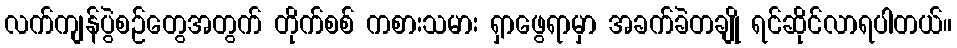
လက်ကျန်ပွဲစဉ်တွေအတွက် တိုက်စစ် ကစားသမား ရှာဖွေရာမှာ အခက်ခဲတချို ရင်ဆိုင်လာရပါတယ်။